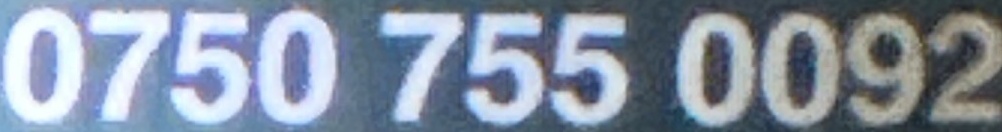
0750 755 0092